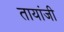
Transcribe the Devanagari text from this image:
तायांजी